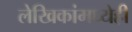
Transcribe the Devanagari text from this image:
लेखिकांमध्येही